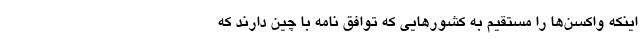
اینکه واکسن‌ها را مستقیم به کشور‌هایی که توافق نامه با چین دارند که